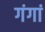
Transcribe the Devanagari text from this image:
गंगां